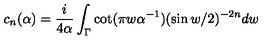
c _ { n } ( \alpha ) = { \frac { i } { 4 \alpha } } \int _ { \Gamma } \cot ( \pi w \alpha ^ { - 1 } ) ( \sin w / 2 ) ^ { - 2 n } d w